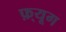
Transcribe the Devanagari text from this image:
फ़्यूग